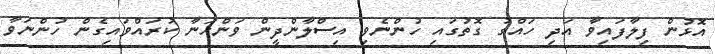
އޮޅުން ފިލާފައިވާ އަދި ހައްގު ގޮތުގައި ހުންނެވި އިސްލާންދީން ވަންހަނާ ކުރައްވައިގެން ހުންނަވާ